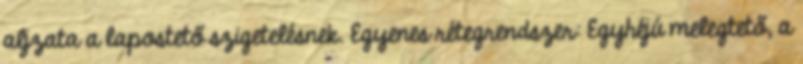
aljzata a lapostető szigetelésnek. Egyenes rétegrendszer: Egyhéjú melegtető, a